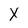
Character: X